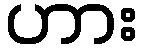
ဟား